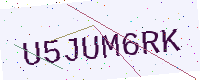
Text: U5JUM6RK